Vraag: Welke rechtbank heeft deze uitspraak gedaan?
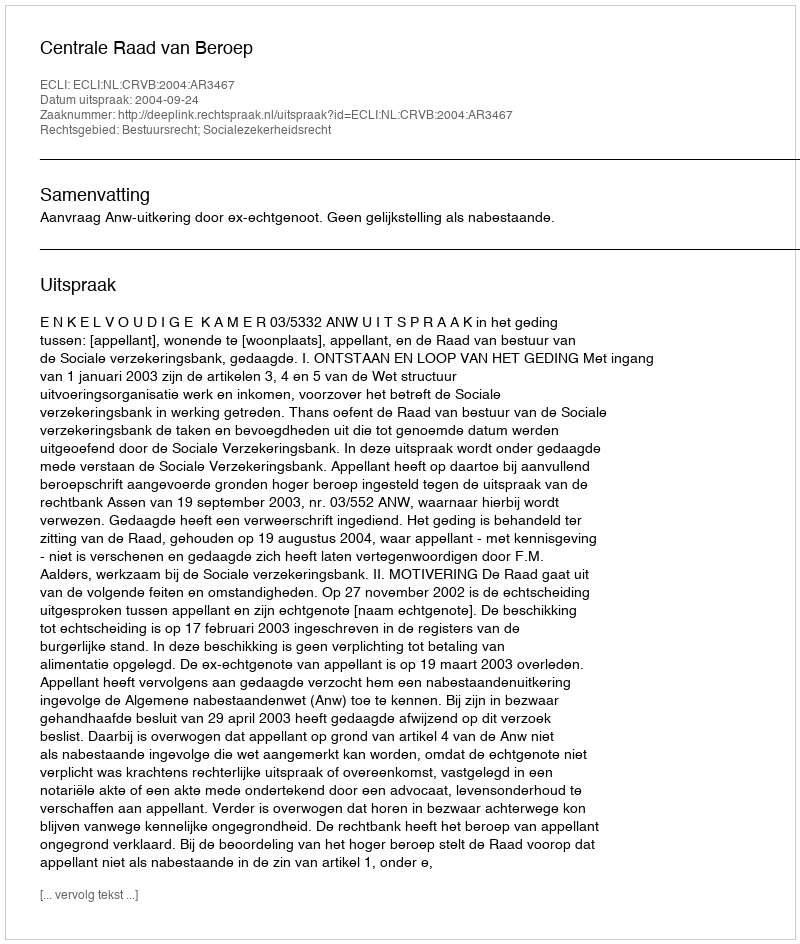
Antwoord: Centrale Raad van Beroep